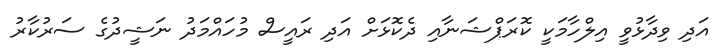
އަދި ވިދާޅުވީ އިލްހާމަކީ ކޮރަޕްޝަނާއި ދެކޮޅަށް އަދި ރައީސް މުހައްމަދު ނަޝީދުގެ ސަރުކާރު